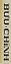
BUU.CHLNH